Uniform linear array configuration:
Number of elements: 48
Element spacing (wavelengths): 0.75
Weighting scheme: exponential
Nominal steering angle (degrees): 30
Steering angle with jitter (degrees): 28.665
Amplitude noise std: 0.05
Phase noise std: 0.05

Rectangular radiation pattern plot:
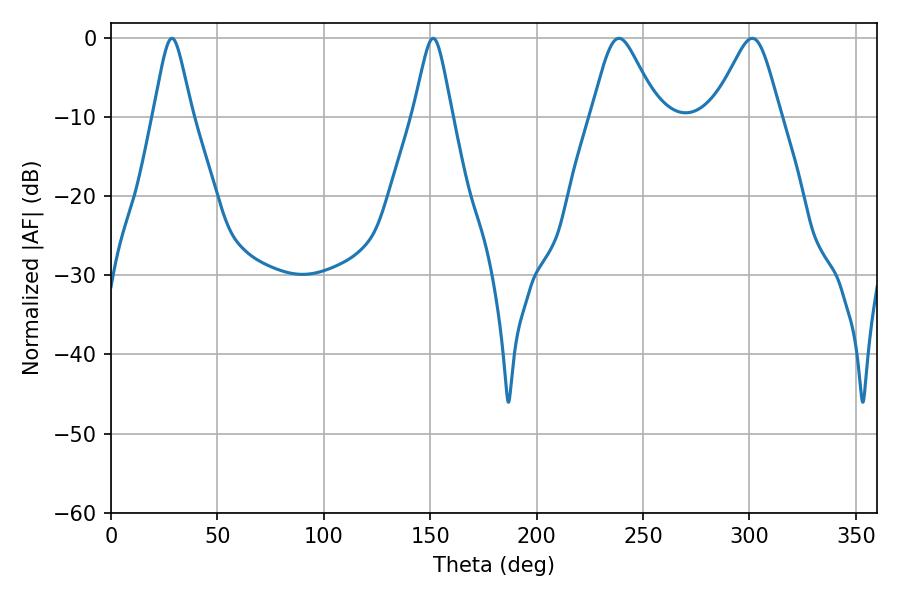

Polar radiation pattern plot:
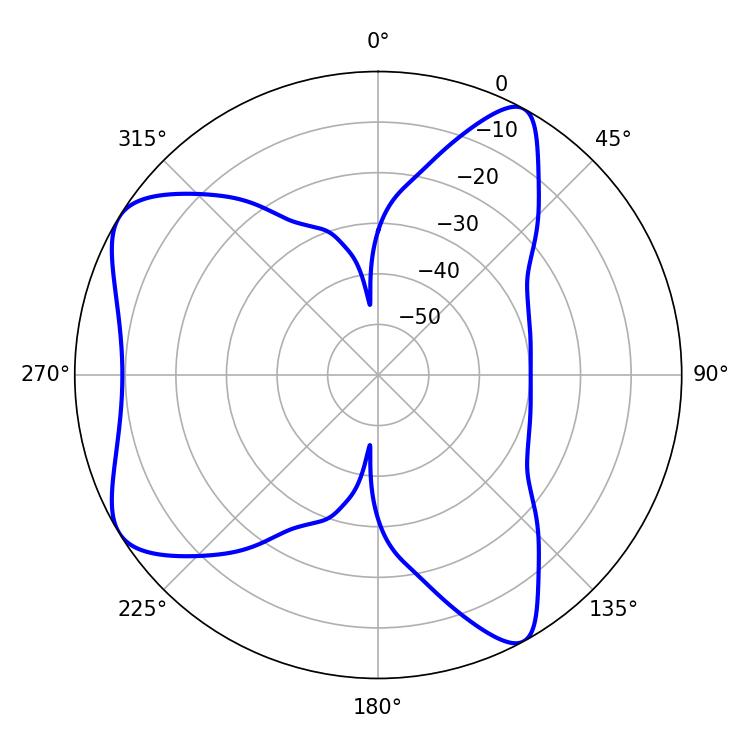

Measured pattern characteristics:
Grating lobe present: TRUE
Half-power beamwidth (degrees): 15.12
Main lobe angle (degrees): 238.68